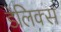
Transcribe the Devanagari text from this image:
डेलिक्स